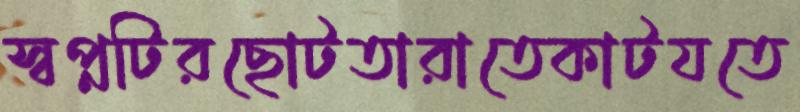
স্বপ্নটিরছোটতারাতেকাটযতে